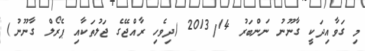
މި ގަވާއިދަކީ ގާނޫނު ނަންބަރު 2013/14 (ދިވެހި ރާއްޖޭގެ ޖަލުތަކާއި ޕެރޯލް ގާނޫނު)